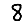
Digit: 8